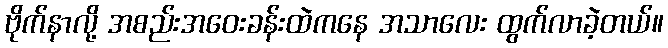
ဗိုက်နာလို့ အစည်းအဝေးခန်းထဲကနေ အသာလေး ထွက်လာခဲ့တယ်။